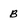
Character: b